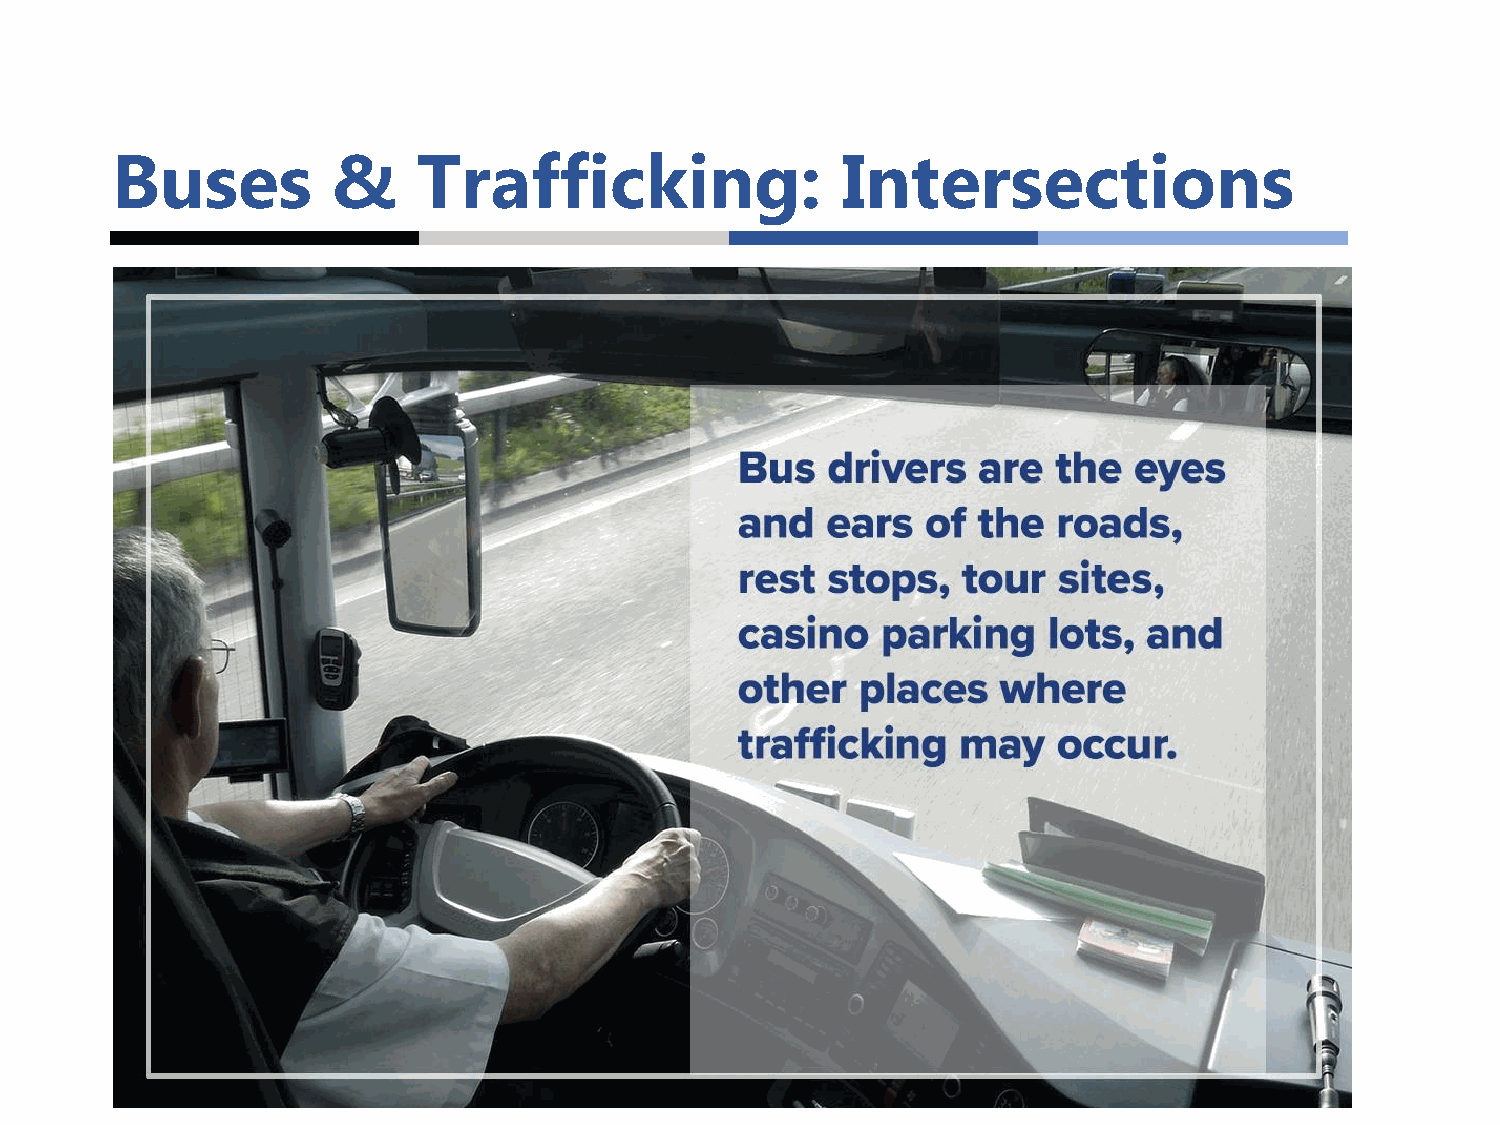
Buses          &     Trafficking:                Intersections